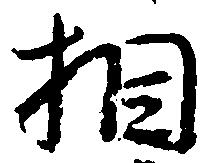
相